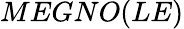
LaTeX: MEGNO(LE)